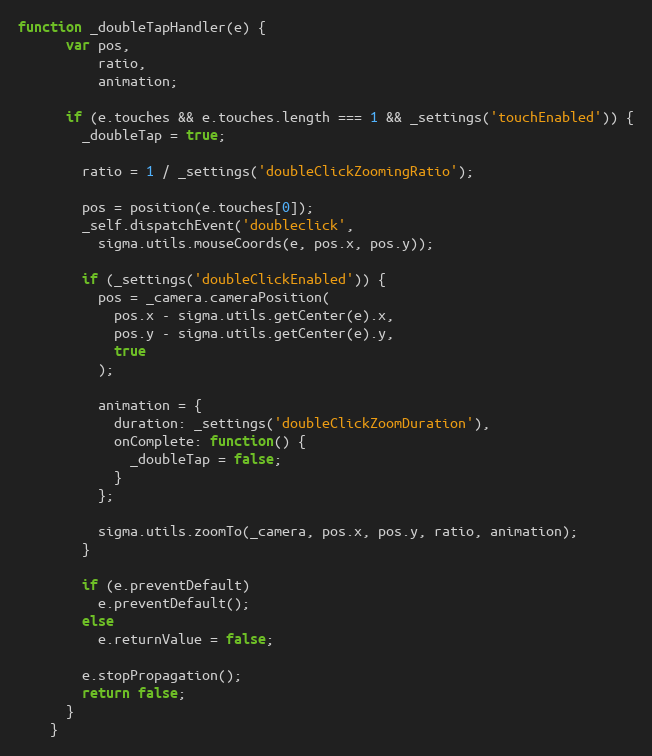
Language: JavaScript
function _doubleTapHandler(e) {
      var pos,
          ratio,
          animation;

      if (e.touches && e.touches.length === 1 && _settings('touchEnabled')) {
        _doubleTap = true;

        ratio = 1 / _settings('doubleClickZoomingRatio');

        pos = position(e.touches[0]);
        _self.dispatchEvent('doubleclick',
          sigma.utils.mouseCoords(e, pos.x, pos.y));

        if (_settings('doubleClickEnabled')) {
          pos = _camera.cameraPosition(
            pos.x - sigma.utils.getCenter(e).x,
            pos.y - sigma.utils.getCenter(e).y,
            true
          );

          animation = {
            duration: _settings('doubleClickZoomDuration'),
            onComplete: function() {
              _doubleTap = false;
            }
          };

          sigma.utils.zoomTo(_camera, pos.x, pos.y, ratio, animation);
        }

        if (e.preventDefault)
          e.preventDefault();
        else
          e.returnValue = false;

        e.stopPropagation();
        return false;
      }
    }